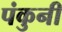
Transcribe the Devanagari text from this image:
पंकुनी